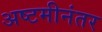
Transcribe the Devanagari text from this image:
अष्टमीनंतर